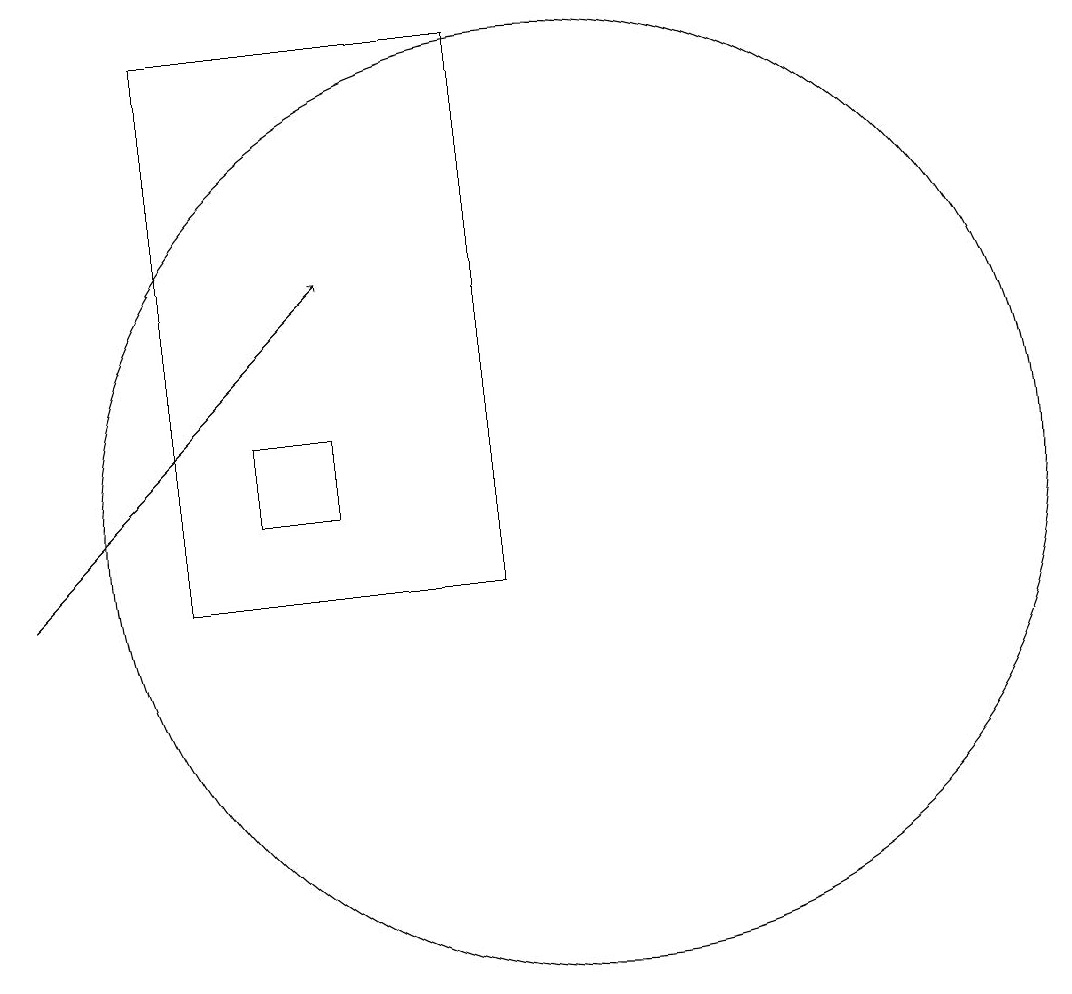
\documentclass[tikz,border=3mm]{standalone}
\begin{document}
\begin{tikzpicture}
\draw (7,11) rectangle (6,12);
\draw (10,11) circle (6);
\draw[->] (3,10) -- (7,14);
\draw (5,10) rectangle (9,17);
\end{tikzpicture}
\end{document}